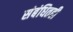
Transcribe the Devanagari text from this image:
संबंधितही